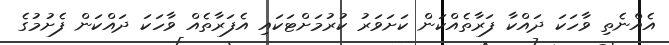
އެއްނެތި ވާހަކަ ދައްކާ ފަރާތެއްކަން ކަށަވަރު ކުރުމަށްޓަކައި އެފަރާތެއް ވާހަކަ ދައްކަން ފެށުމުގެ